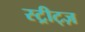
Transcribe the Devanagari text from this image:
स्ट्रीट्ज़